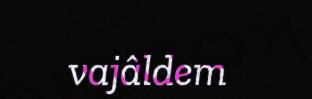
vajâldem